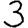
Digit: 3